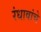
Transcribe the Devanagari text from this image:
रंधावांचे